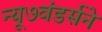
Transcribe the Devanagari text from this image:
न्यू७वंडर्सने